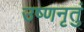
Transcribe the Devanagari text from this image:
उष्णनृतुं